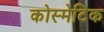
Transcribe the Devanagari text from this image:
कोस्मेटिक